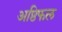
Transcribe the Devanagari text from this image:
अष्ठिफल